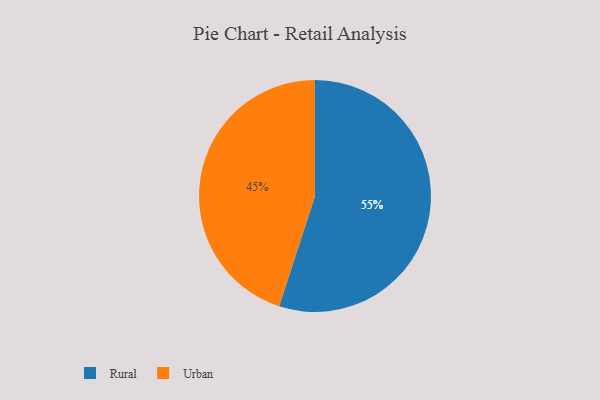
{"axis": {"x": "Category", "y": "Percentage"}, "legend": ["Rural", "Urban"], "data": [{"x": "Urban", "y": 45, "type": "Urban"}, {"x": "Rural", "y": 55, "type": "Rural"}]}